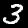
Digit: 3